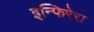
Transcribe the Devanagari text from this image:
इन्फिरेरा